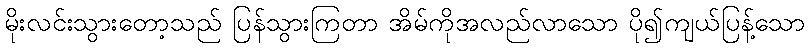
မိုးလင်းသွားတော့သည် ပြန်သွားကြတာ အိမ်ကိုအလည်လာသော ပို၍ကျယ်ပြန့်သော